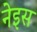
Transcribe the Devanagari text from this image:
नेइस